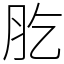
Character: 肐